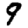
Digit: 9